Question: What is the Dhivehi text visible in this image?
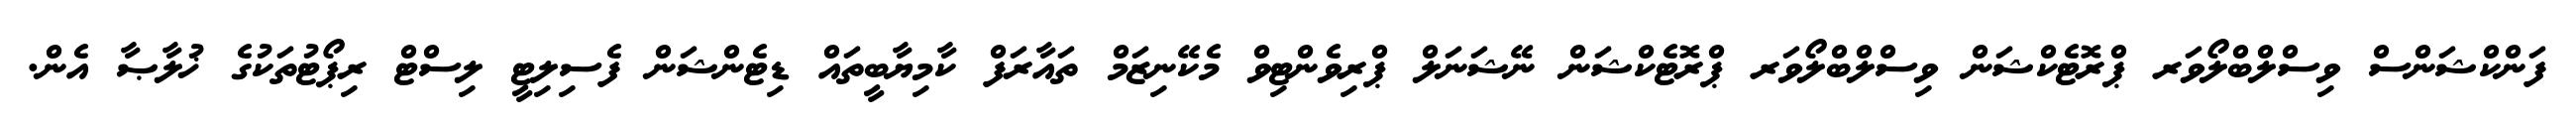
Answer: ފަންކްޝަންސް ވިސްލްބްލޯވަރ ޕްރޮޓެކްޝަން ވިސްލްބްލޯވަރ ޕްރޮޓެކްޝަން ނޭޝަނަލް ޕްރިވެންޓިވް މެކޭނިޒަމް ތައާރަފް ކާމިޔާބީތައް ޑިޓެންޝަން ފެސިލިޓީ ލިސްޓް ރިޕޯޓުތަކުގެ ޚުލާޞާ އެން.